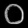
Digit: ၀